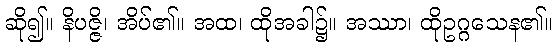
ဆို၍။ နိပဇ္ဇိ၊ အိပ်၏။ အထ၊ ထိုအခါ၌။ အဿာ၊ ထိုဥဂ္ဂသေန၏။